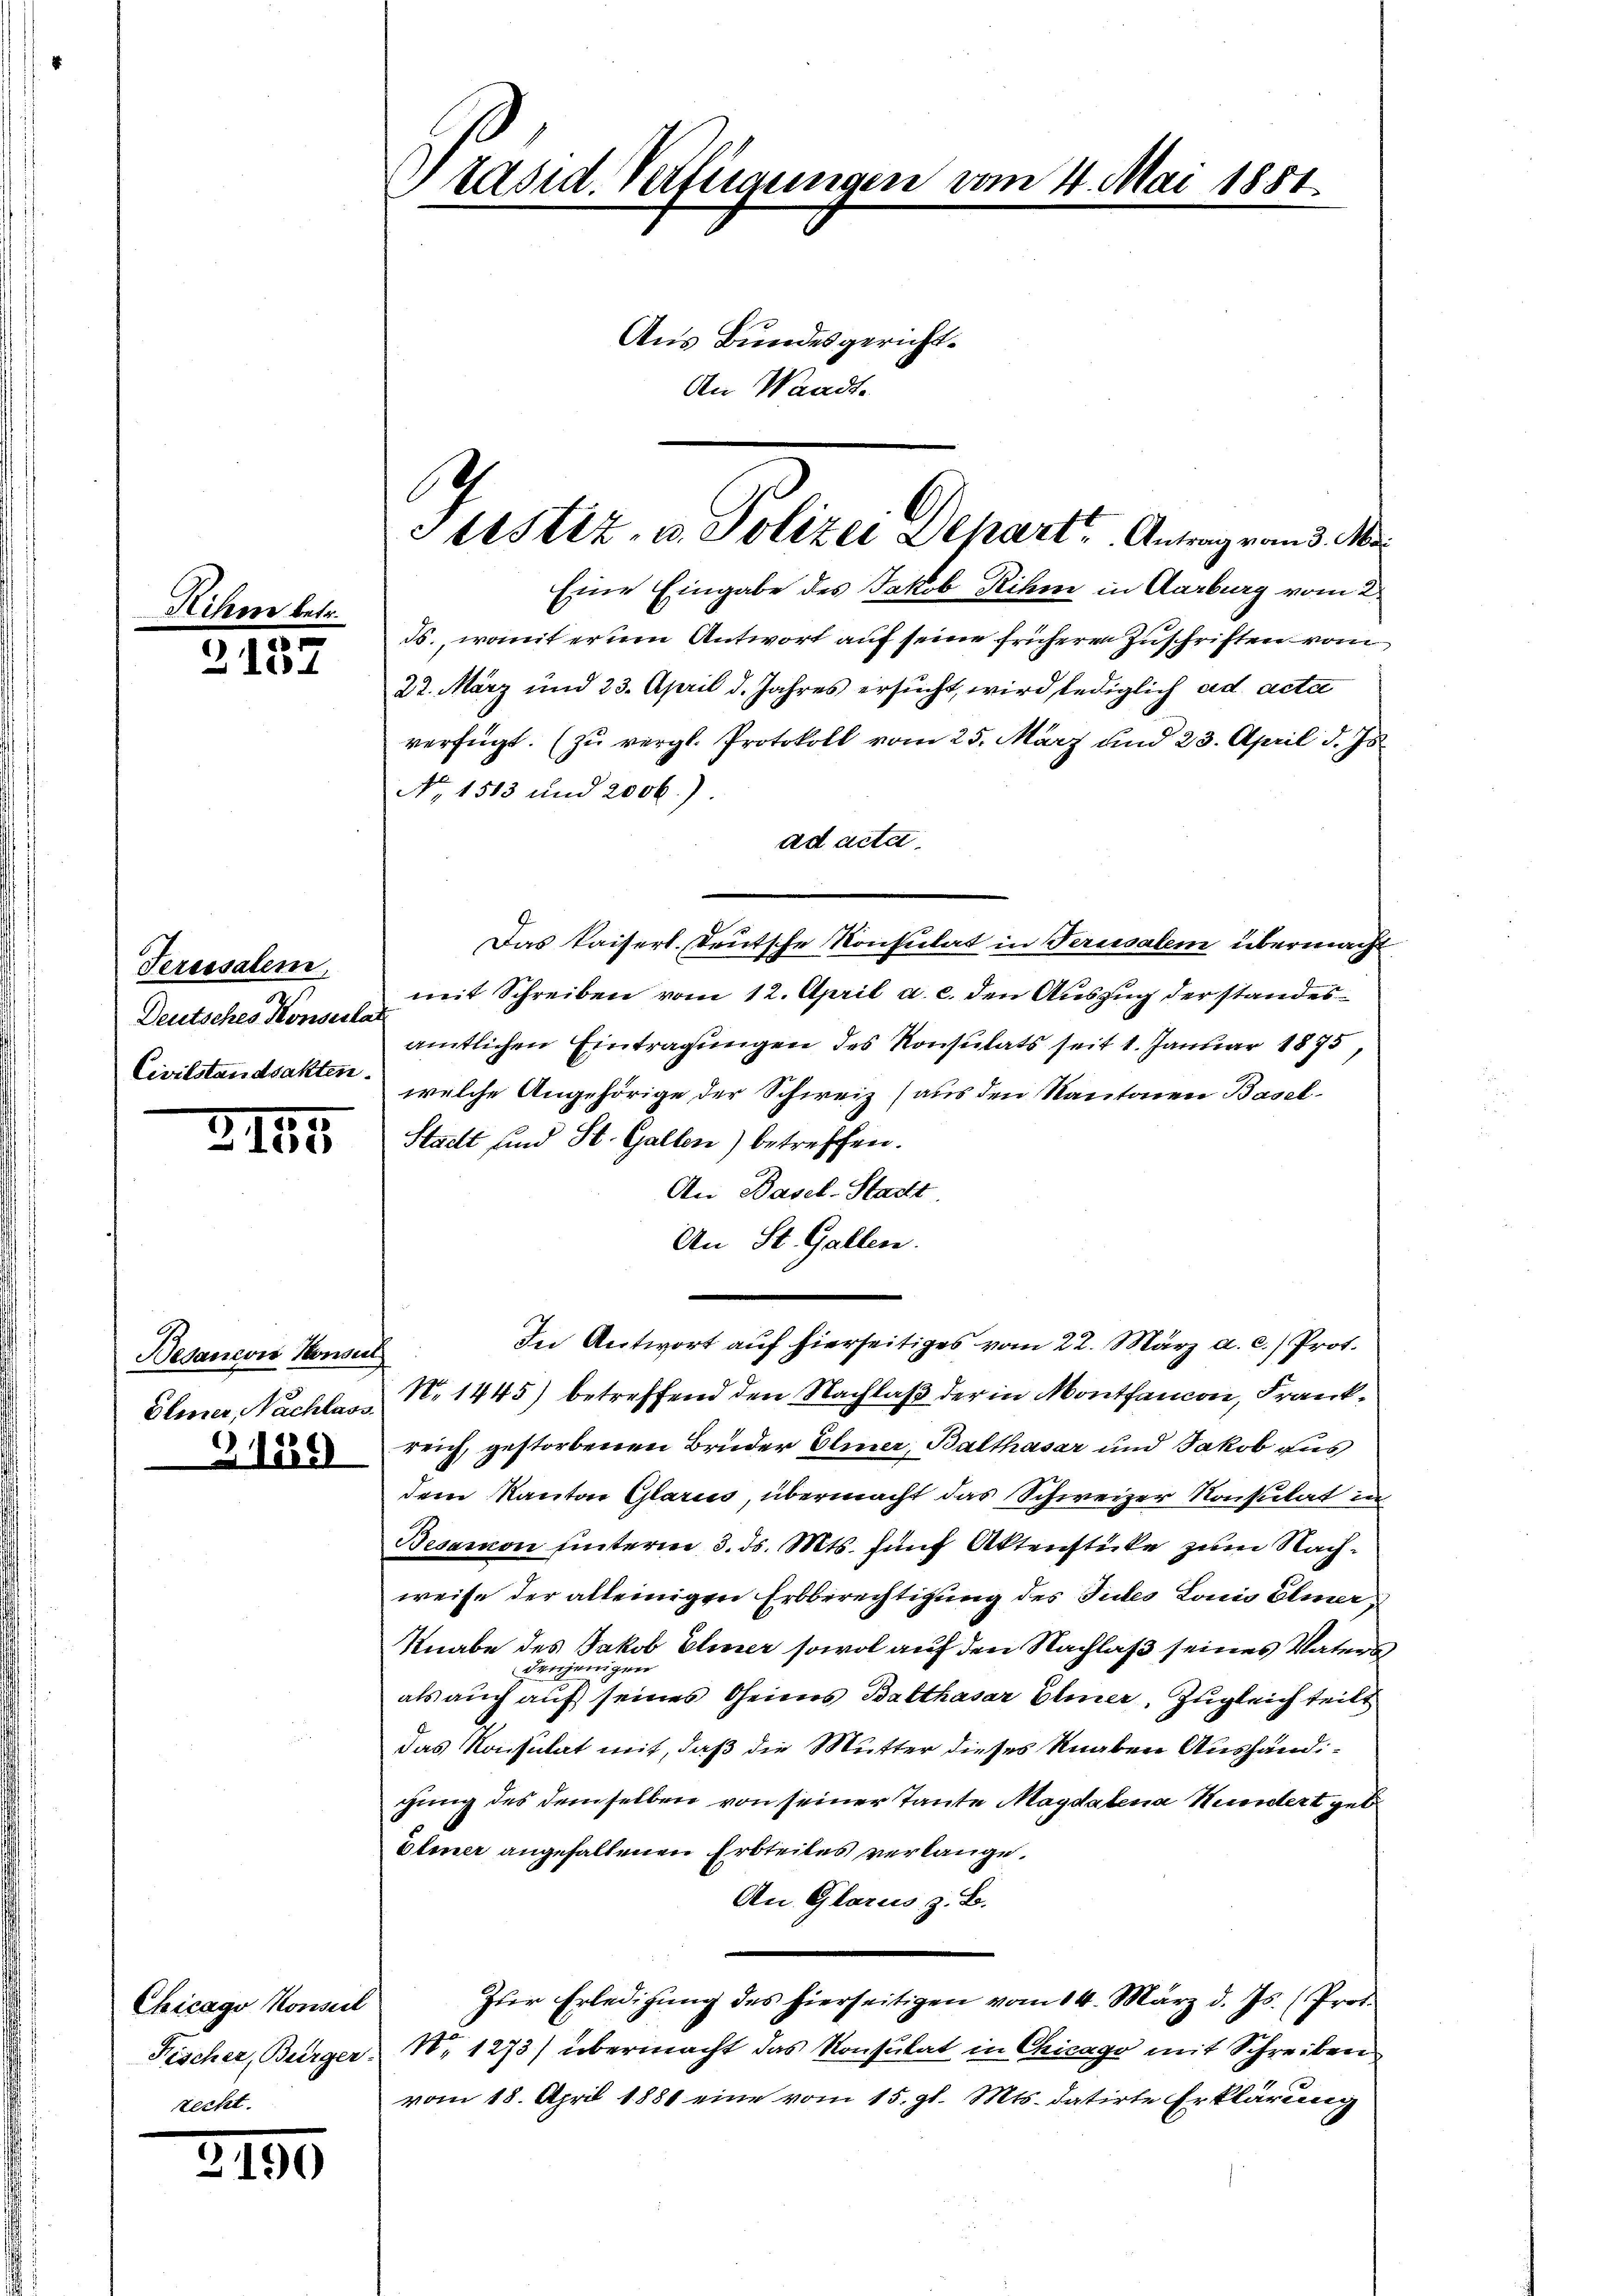
Hihre betr.

3
3101

Teressalem,
2
Deutsches Konserka
Civilstandsakten.

750.
lde

Besancois Konser

Chicago Konseil
Fischer, Bürger-
recht.

3150

Präsid. Verfügungen vom 4. Mai 1881.
Aus Bundesgericht.
An Waadt.

Eine Eingabe des Jakob Rihm in Aarburg vom 2.
ds., womit ernen Antwort auf seine früheren Zuschriften vom
22. März und 23. April d. Jahres ersucht, wird lediglich ad acta
verfügt. (zŭ vergl. Protokoll vom 25. März und 23. April d. Js.
No. 1513 und 2000.)
ad acta
Das kaiserl. Deutsche Konsulat in Feriesalem übermacht
mit Schreiben vom 12. April a. c. den Auszug der standesamtlichen Eintragungen des Konsulats seit 1. Januar 1875,
welche Angehörige der Schweiz (aus den Kantonen Basel¬
Stacht sind St. Gallen) betreffen.
An Basel-Stadtt
An St. Gallen.
In Antwort auf hierseitiges vom 22. März a. c.) Prof.
Elmer, Nachlass No 1445) betreffend den Nachlaß der in Monthancon, Frank¬
 reich, gestorbenen Bruder Elmer, Balthasar und Jakob aus
dem Kanton Glarus, übermacht das Schweizer Konsulat in
Besamon unterm 3. ds. Mts. fünf Aktenstücke zum Nachweise der alleinigen Erbberechtigung des Tutes Lonio Elmer
Knabe des Jakob Eliner sowol auf den Nachlaß seines Vaters
denjenigen
als auch auf seines Oheimes Balthasar Elmer, Zugleich teilt
das Konsulat mit, daß die Mutter dieses Knaben Aushändigung des demselben von seiner Tante Magdalena Hundert geb.
Eliner angefallenen Erbteiles verlange.
An Glarus z. B.
Zŭr Erledigŭng des hierseitigen vom 14. März d. Js. (Prot.
N. 1273) übermacht das Konsulat in Chicago mit Schreiben
vom 18. April 1881 eine vom 15. gl. Mts. datirte Erklärung

Stestiz- u. Polizei Depart. Antrag von 3. Ma